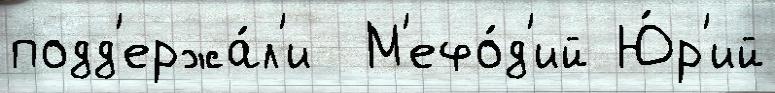
подд'ержа́л'и  М'ефо́д'ий Ю́р'ий